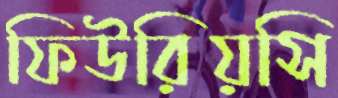
ফিউরিয়সি